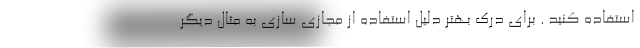
استفاده کنید . برای درک بهتر دلیل استفاده از مجازی سازی به مثال دیگر